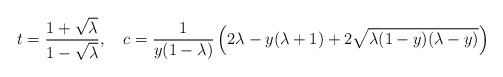
\begin{align*}t= \frac{1+ \sqrt{ \lambda}}{1- \sqrt{\lambda}}, \ \ \ c=\frac{1}{y(1- \lambda)} \left( 2 \lambda - y(\lambda +1) + 2\sqrt{ \lambda (1 -y)(\lambda -y)} \right) \end{align*}